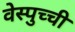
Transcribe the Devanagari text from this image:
वेस्पुच्ची